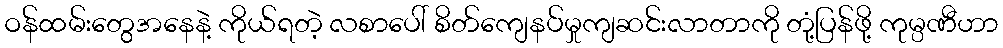
ဝန်ထမ်းတွေအနေနဲ့ ကိုယ်ရတဲ့ လစာပေါ် စိတ်ကျေနပ်မှုကျဆင်းလာတာကို တုံ့ပြန်ဖို့ ကုမ္ပဏီဟာ